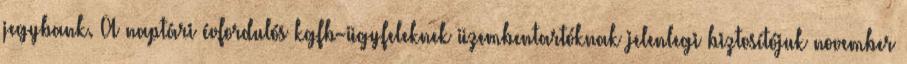
jegybank. A naptári évfordulós kgfb-ügyfeleknek üzembentartóknak jelenlegi biztosítójuk november